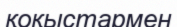
қоқыстармен